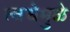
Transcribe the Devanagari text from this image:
त्वचेमुळे